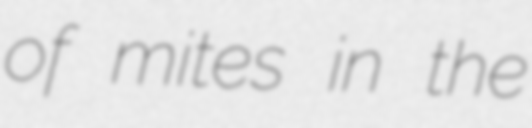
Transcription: of mites in the